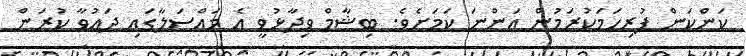
ކަންކަން ފުރިހަމަކުރަމުން އަންނަ ކަމަށެވެ. ބިޝާމް ވިދާޅުވީ އެ މައްސަލާގައި ދައުވާ ކުރަން